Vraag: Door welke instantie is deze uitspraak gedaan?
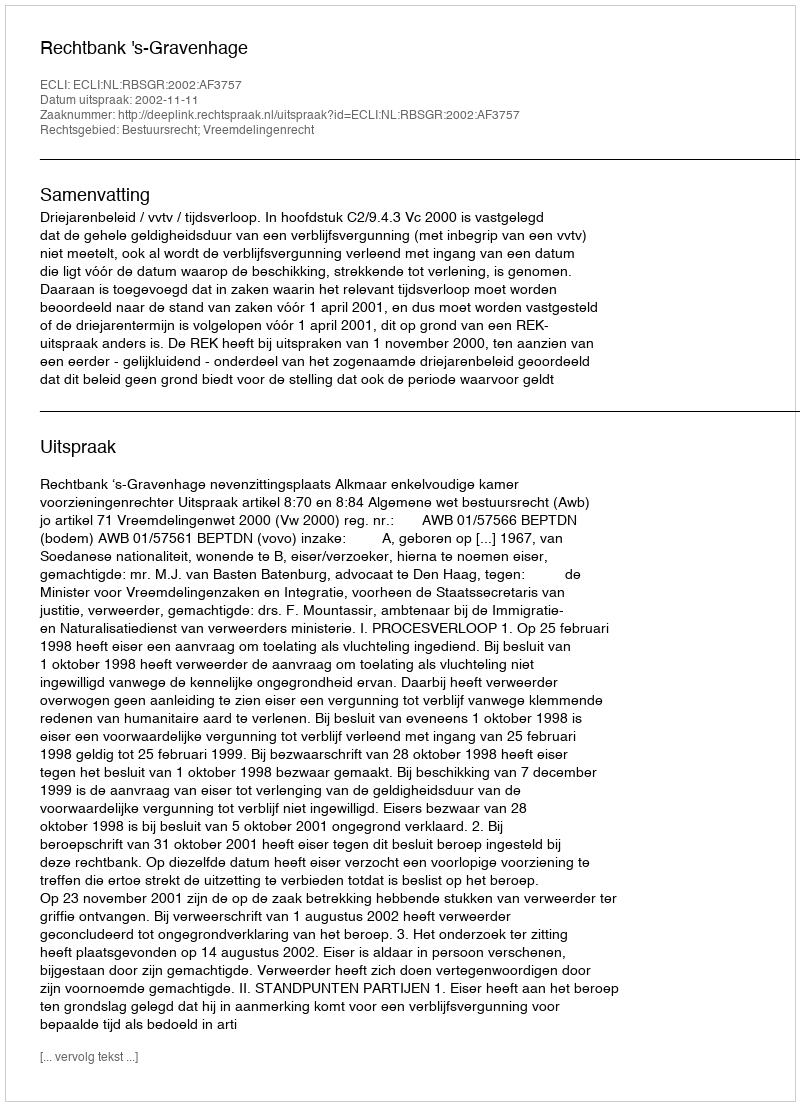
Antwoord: Rechtbank 's-Gravenhage